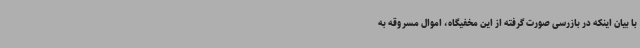
با بیان اینکه در بازرسی صورت گرفته از این مخفیگاه، اموال مسروقه به